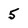
Character: 5